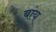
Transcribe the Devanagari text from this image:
बांय